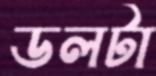
ডলটা